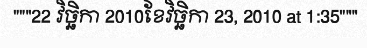
"""22 វិច្ឆិកា 2010ខែវិច្ឆិកា 23, 2010 at 1:35"""